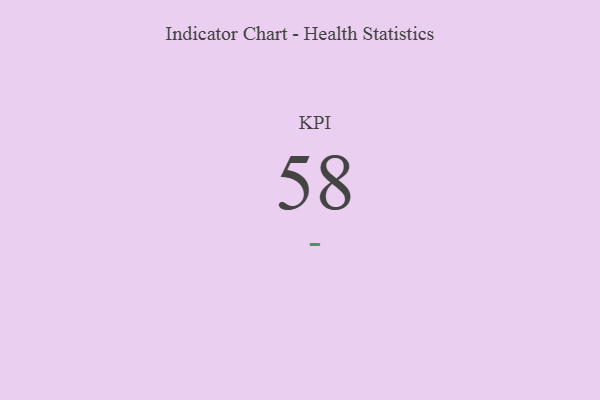
{"axis": {"x": "KPI", "y": "Value"}, "legend": [""], "data": [{"x": "KPI", "y": 58, "type": ""}]}